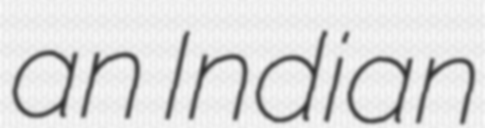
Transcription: an Indian